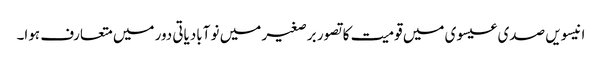
انیسویں صدی عیسوی میں قومیت کا تصور برصغیر میں نو آبادیاتی دور میں متعارف ہوا۔